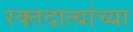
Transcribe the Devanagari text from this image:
रक्तदात्यांच्या